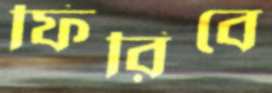
ফিরিবে